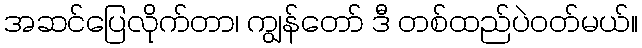
အဆင်ပြေလိုက်တာ၊ ကျွန်တော် ဒီ တစ်ထည်ပဲဝတ်မယ်။